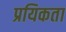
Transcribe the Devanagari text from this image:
प्रयिकता